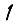
Digit: 1